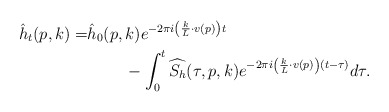
\begin{align*}\hat{h}_t(p,k) = & \hat{h}_0(p,k)e^{-2\pi i \left(\frac{k}{L} \cdot v(p)\right)t}\\ & \;\;\;\;\;\;\;\;- \int_0^t \widehat{S_h}(\tau,p, k)e^{-2\pi i \left(\frac{k}{L} \cdot v(p)\right)(t-\tau)}d\tau.\end{align*}